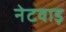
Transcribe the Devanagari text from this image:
नेटवाड़